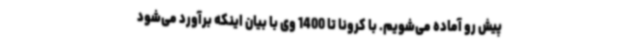
پیش رو آماده می‌شویم. با کرونا تا 1400 وی با بیان اینکه برآورد می‌شود